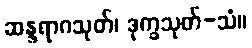
ဆန္ဒရာဂသုတ်၊ ဒုက္ခသုတ်-သံ။